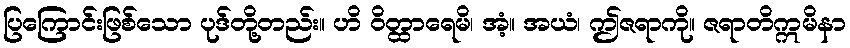
ပြကြောင်းဖြစ်သော ပုဒ်တို့တည်း။ ဟိ ဝိတ္ထာရေမိ၊ အံ့။ အယံ၊ ဤဇရာကို။ ဇရာတိဣမိနာ